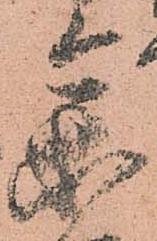
参